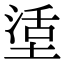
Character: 𡎒